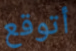
أتوقع